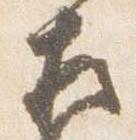
相